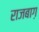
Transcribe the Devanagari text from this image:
राजबाग़